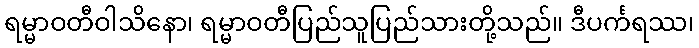
ရမ္မာဝတီဝါသိနော၊ ရမ္မာဝတီပြည်သူပြည်သားတို့သည်။ ဒီပင်္ကရဿ၊